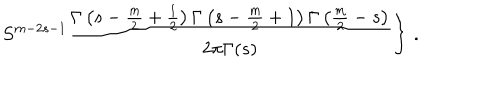
\left. S ^ { m - 2 s - 1 } \frac { \Gamma \left( s - \frac m 2 + \frac 1 2 \right) \Gamma \left( s - \frac m 2 + 1 \right) \Gamma \left( \frac m 2 - s \right) } { 2 \pi \Gamma ( s ) } \right\} \, .